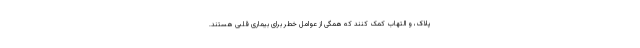
پلاک، و التهاب کمک کنند که همگی از عوامل خطر برای بیماری قلبی هستند.